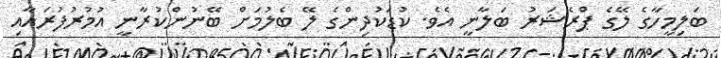
ބަލިމީހާގެ ލޭގެ ޕްރެޝަރު ބަލާނީ އެވެ. ކުޑަކުދިންގެ ލޭ ބެލުމަށް ބޭނުންކުރާނީ އުމުރުފުރައާއި